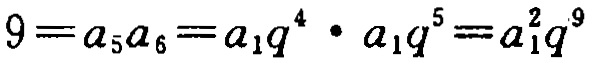
$9 = a_{5}a_{6}=a_{1}q^{4}\cdot a_{1}q^{5}=a_{1}^{2}q^{9}$